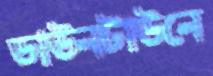
ডাউনটাউনে